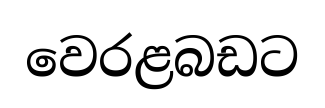
වෙරළබඩට